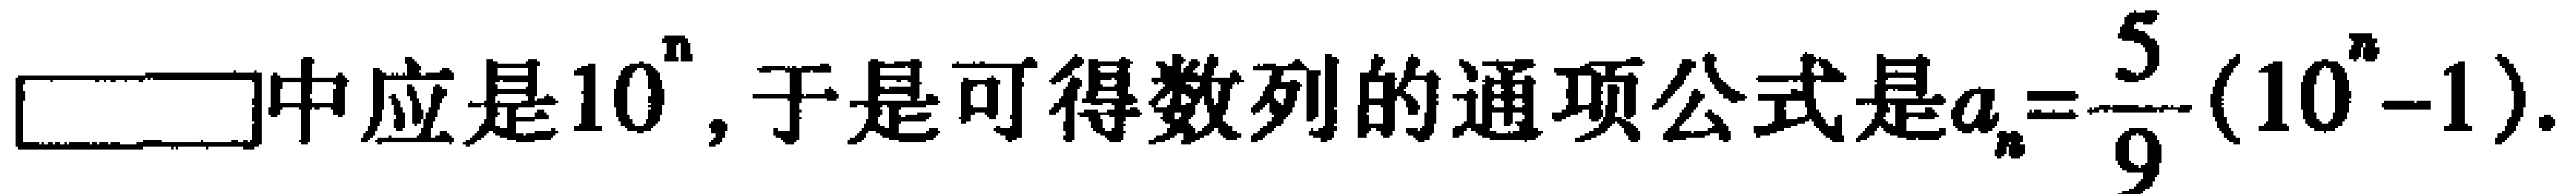
$\square\square$中应是$10^{n}$, 于是可得数列的通项公式是$a_{n}=\dfrac{5}{9}(10^{n}-1)$.